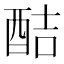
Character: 𮠥